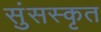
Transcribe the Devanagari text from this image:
सुंसस्कृत